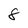
Character: 8